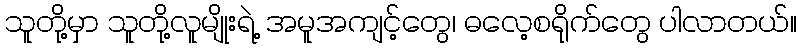
သူတို့မှာ သူတို့လူမျိုးရဲ့ အမူအကျင့်တွေ၊ ဓလေ့စရိုက်တွေ ပါလာတယ်။